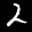
Label: 2